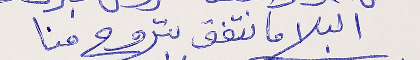
البلا ما نتفق بتروح منا